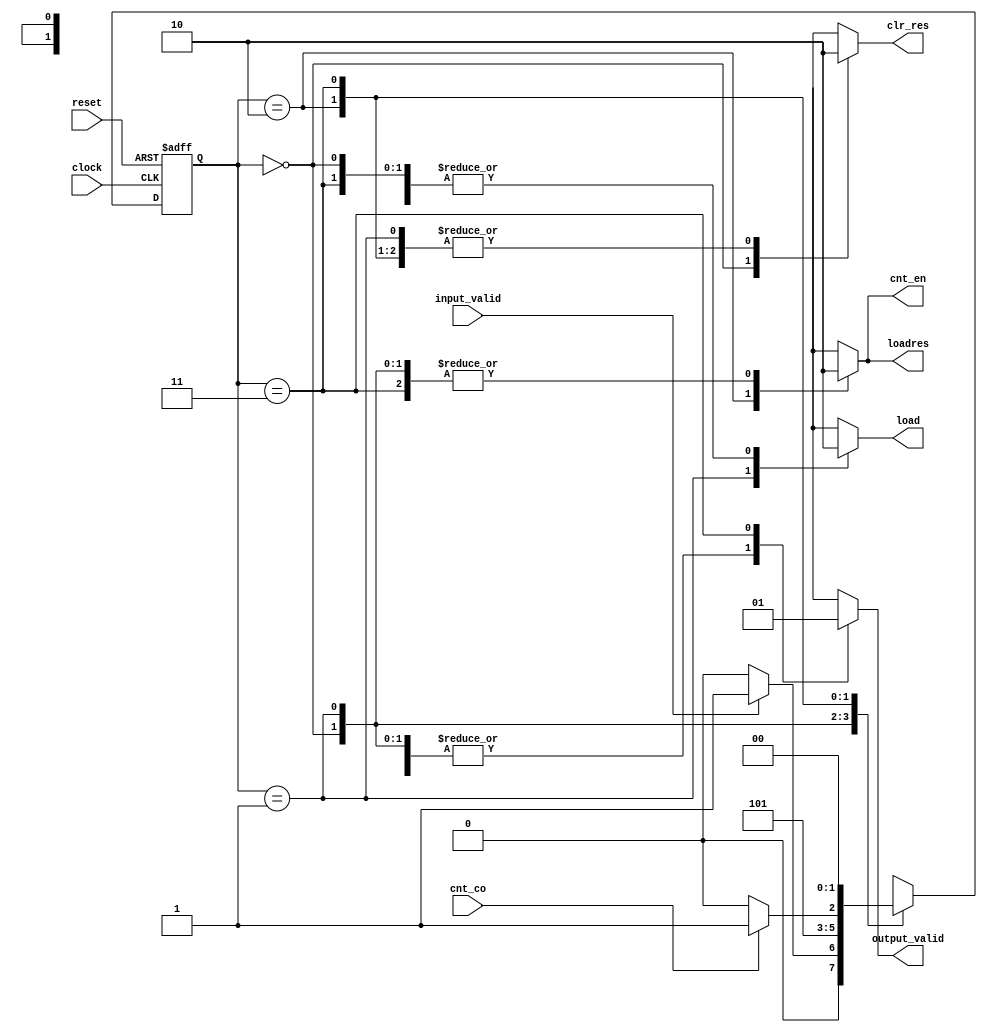
module ControlUnit (clock,reset,input_valid,cnt_co,cnt_en,load,loadres,clr_res,output_valid);
input clock,reset,input_valid,cnt_co;
output reg cnt_en,output_valid,load,loadres,clr_res;
reg[1:0] ps,ns;
parameter [1:0] wait_input=2'b00,
getX=2'b01,
calc=2'b10,
finish=2'b11;

always @(posedge clock,posedge reset) begin
    if(reset)
        ps<=wait_input;
    else
        ps<=ns;
end
always @(*) begin
    case(ps)
    wait_input:ns=(input_valid)?getX:wait_input;
    getX:ns=calc;
    calc:ns=(cnt_co==1'b1)?finish:calc;
    finish:ns=wait_input;
    endcase
end
always@(ps) begin
    {cnt_en,output_valid,load,loadres,clr_res}=5'b00000;
    case(ps)
    wait_input:clr_res=1'b1;
    getX:load=1'b1;
    calc:{loadres,cnt_en}=2'b11;
    finish:output_valid=1'b1;
    endcase
end
endmodule